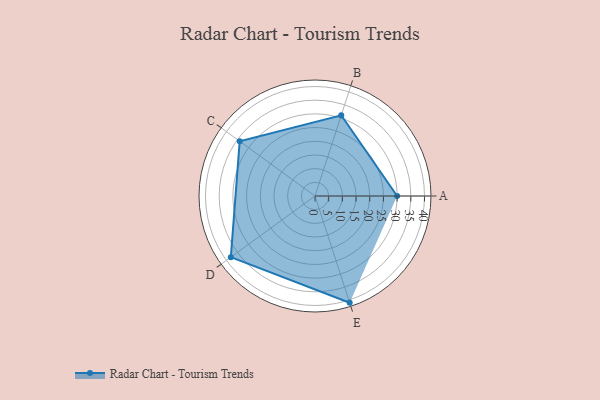
{"axis": {"x": "Skill", "y": "Score"}, "legend": ["Profile"], "data": [{"x": "A", "y": 30.0, "type": "Profile"}, {"x": "B", "y": 31.0, "type": "Profile"}, {"x": "C", "y": 34.0, "type": "Profile"}, {"x": "D", "y": 38.0, "type": "Profile"}, {"x": "E", "y": 41.0, "type": "Profile"}]}